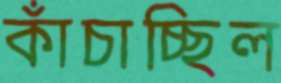
কাঁচাচ্ছিল